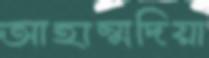
আহাম্মদিয়া